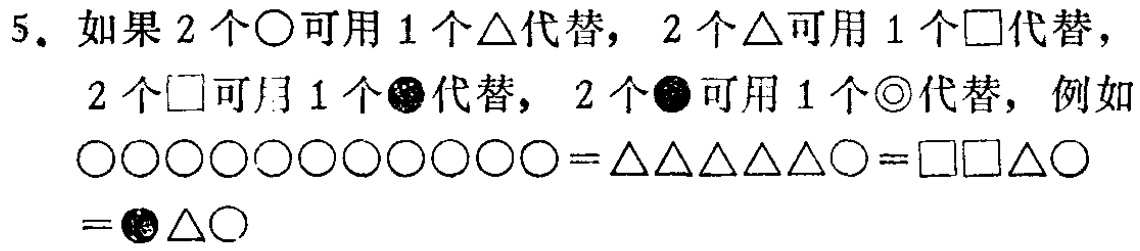
5. 如果 2 个\(\bigcirc\)可用 1 个\(\triangle\)代替，2 个\(\triangle\)可用 1 个\(\square\)代替，

2 个\(\square\)可用 1 个\(●\)代替，2 个\(●\)可用 1 个\(\odot\)代替，例如

\(\bigcirc\bigcirc\bigcirc\bigcirc\bigcirc\bigcirc\bigcirc\bigcirc\bigcirc\bigcirc\bigcirc=\triangle\triangle\triangle\triangle\triangle\bigcirc=\square\square\triangle\bigcirc\)

\(=●\triangle\bigcirc\)